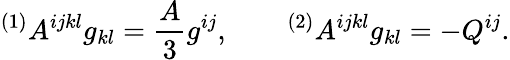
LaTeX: {}^{(1)}A^{ijkl}g_{kl}=\frac A3g^{ij},\qquad{}^{(2)}A^{ijkl}g_{kl}=-Q^{ij}.